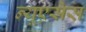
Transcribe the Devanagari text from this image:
न्यूएसेस